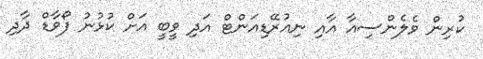
ކުރިން ވެލެންސިއާ އާއި ނިއުރޭޑިއަންޓް އަދި ވީބީ އަށް ކުޅުނު ފޯވާޑް ދާދި